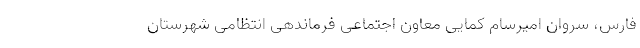
فارس، سروان امیرسام کمایی معاون اجتماعی فرماندهی انتظامی شهرستان